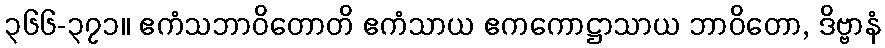
၃၆၆-၃၇၁။ ဧကံသဘာဝိတောတိ ဧကံသာယ ဧကကောဋ္ဌာသာယ ဘာဝိတော, ဒိဗ္ဗာနံ